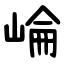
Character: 崘